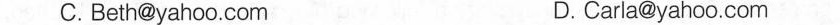
C.Beth@yahoo.Com D.Carla@yanoo.Com